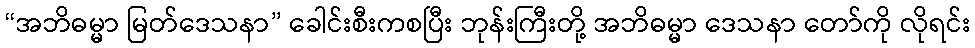
“အဘိဓမ္မာ မြတ်ဒေသနာ” ခေါင်းစီးကစပြီး ဘုန်းကြီးတို့ အဘိဓမ္မာ ဒေသနာ တော်ကို လိုရင်း